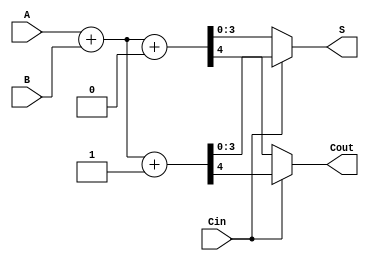
module CarrySelectAdder (
    input [3:0] A,
    input [3:0] B,
    input Cin,
    output [3:0] S,
    output Cout
);
    wire [3:0] S0, S1; // Sums for carry-in = 0 and carry-in = 1
    wire C0, C1;       // Carry-outs for carry-in = 0 and carry-in = 1

    // Full Adder logic for carry-in = 0
    assign {C0, S0} = A + B + 1'b0;

    // Full Adder logic for carry-in = 1
    assign {C1, S1} = A + B + 1'b1;

    // Multiplexer to select the correct sum and carry-out based on Cin
    assign S = (Cin) ? S1 : S0;
    assign Cout = (Cin) ? C1 : C0;

endmodule